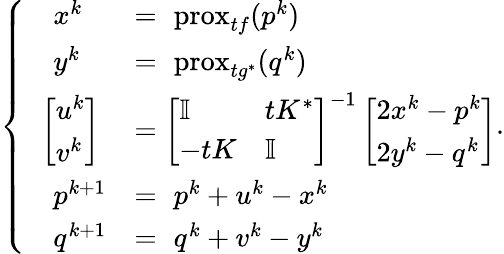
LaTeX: \left\{ \begin{array}{ll}{\quad x^{k}}&{=\, \, \mathrm{prox}_{tf}(p^{k})}\\ {\quad y^{k}}&{=\, \, \mathrm{prox}_{tg^{*}}(q^{k})}\\ {\; \; \left[\begin{array}{l}{u^{k}}\\ {v^{k}}\end{array}\right]}&{=\left[\begin{array}{ll}{\mathbb I}&{tK^{*}}\\ {-tK}&{\mathbb I}\end{array}\right]^{-1}\left[\begin{array}{l}{2x^{k}-p^{k}}\\ {2y^{k}-q^{k}}\end{array}\right]}\\ {\quad p^{k+1}}&{=\, \, p^{k}+u^{k}-x^{k}}\\ {\quad q^{k+1}}&{=\, \, q^{k}+v^{k}-y^{k}}\end{array}\right..